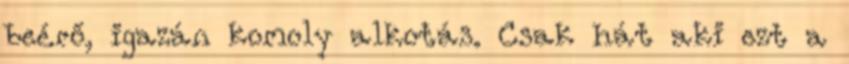
beérő, igazán komoly alkotás. Csak hát aki ezt a